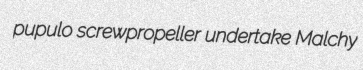
pupulo screwpropeller undertake Malchy